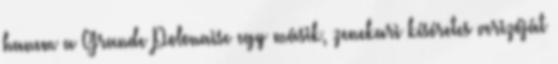
hanem a Grande Polonaise egy másik, zenekari kíséretes verizóját